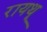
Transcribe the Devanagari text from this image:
रायथू